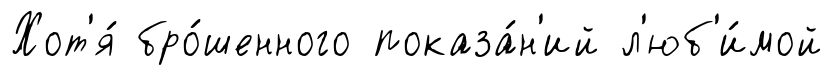
Хот'я́ бро́шенного показа́н'ий л'юб'и́мой